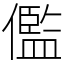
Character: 儖